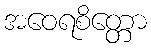
အဝေရစိတ္တော